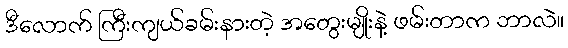
ဒီလောက် ကြီးကျယ်ခမ်းနားတဲ့ အတွေးမျိုးနဲ့ ဖမ်းတာက ဘာလဲ။